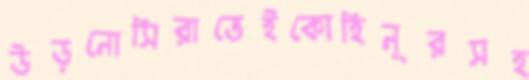
উড়নোসিরাতেইকোহিনূরসহ